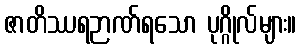
ဇာတိဿရဉာဏ်ရသော ပုဂ္ဂိုလ်များ။